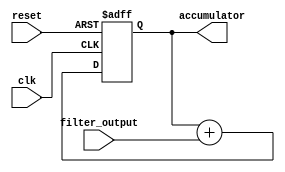
module accumulator(
    input wire clk,
    input wire reset,
    input wire [data_width-1:0] filter_output,
    output reg [data_width-1:0] accumulator
);

parameter data_width = 8;

always @(posedge clk or posedge reset)
begin
    if (reset)
        accumulator <= 8'b00000000;
    else
        accumulator <= accumulator + filter_output;
end

endmodule